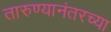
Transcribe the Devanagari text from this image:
तारुण्यानंतरच्या